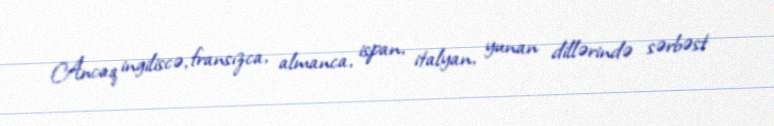
Ancaq ingiliscə, fransızca, almanca, ispan, italyan, yunan dillərində sərbəst